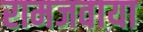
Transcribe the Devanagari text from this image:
रामजवाया